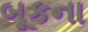
બૂકના